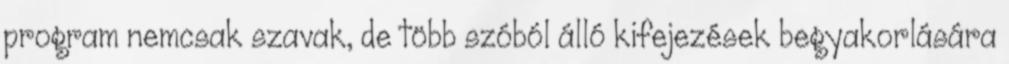
program nemcsak szavak, de több szóból álló kifejezések begyakorlására